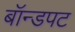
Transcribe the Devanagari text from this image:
बॉन्डपट